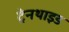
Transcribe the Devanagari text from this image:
ट्रेनथाइड